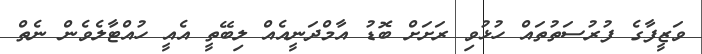
ވަޒީފާގެ ފުރުސަތުތައް ހުޅުވި ރަށަށް ބޮޑު އާމްދަނީއެއް ލިބޭތީ އެއީ ހުއްޓާލެވެން ނެތް